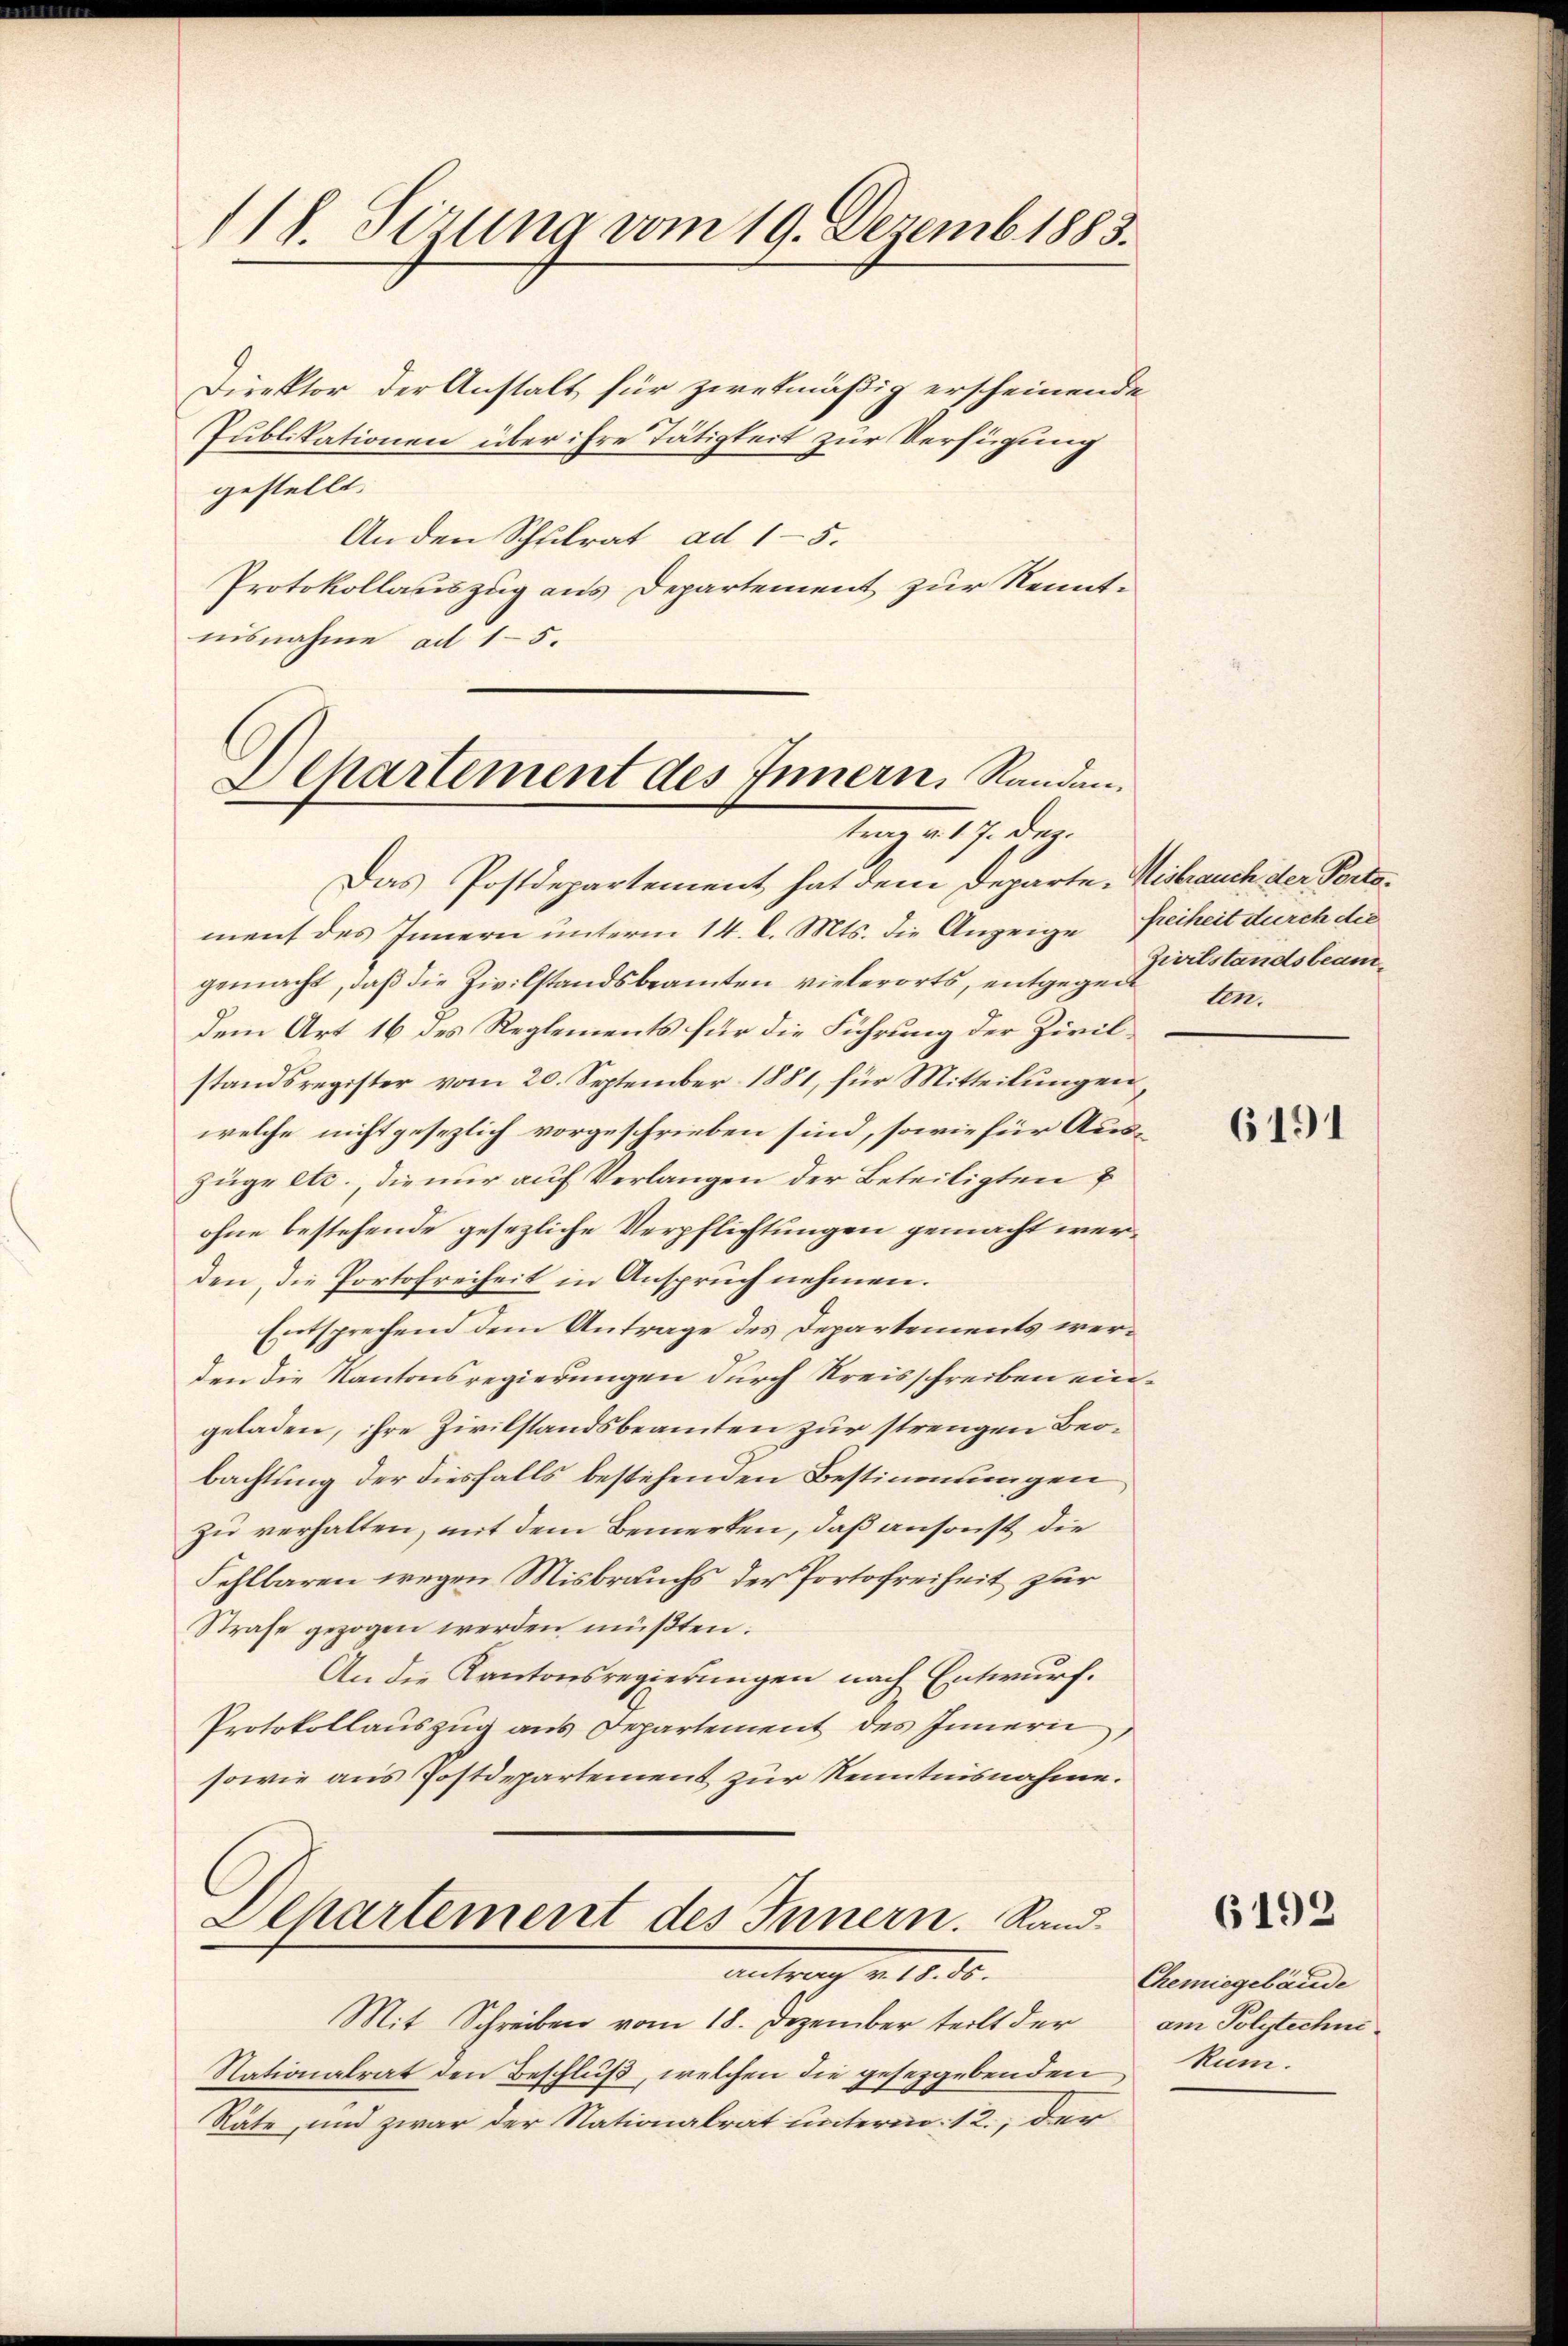
118. Sizung vom 19. Dezemb. 1883.

Direktor der Anstalt für zwekmäßig erscheinende
Publikationen über ihre Tätigkeit zur Verfügung
gestellt.
Anden Schulrat ad 15.
Protokollauszug aus Departement zur Kennt-
nisnahme ad 15.

Lepartement des Innern, Randan¬
Mag. 197. 19.

Das Postdepartement hat dem Departe. Misbrauch der Portament des Innern unterm 14. l. Mts. die Anzeige Freiheit durch die
gemacht, daβ die Zivilstandsbeamten vielerorts, entgegenten.
dem Art 16 des Reglements für die Führung der Zivilstandsregister vom 20. September 1881, für Mitteilungen
welche nicht gesezlich vorgeschrieben sind, sowie für Auszüge etc., die nur auf Verlangen der Beteiligten
ohne bestehende gesezliche Verpflichtungen gemacht werden, die Portofreiheit in Anspruch nehmen.
Entsprechend dem Antrage des Departements werden die Kantonsregierungen durch Kreisschreiben eingeladen, ihre Zivilstandsbeamten zur strengen Beobachtung der diesfalls bestehenden Bestimmungen
zu verhalten, mit dem Bemerken, daß ansonst die
Fehlbaren wegen Misbrauchs der Portofreiheit zur
Strafe gezogen werden müßten.
An die Kantonsregierungen nach Entwurf.
Protokollauszug aus Departement des Innern,
sowie aus Postdepartement zur Kenntnisnahme.
Departement des Innern. Rand-

Antrag v. 18. d.

Mit Schreiben vom 18. Dezember teilt der
Nationalrat den Beschluß, welchen die gesetzgebenden
Räte, und zwar der Nationalrat unterm 12., der

Zivilstandsbeam¬

6191

6192

Chemiegebäude
am Polytechni¬
Rum.